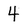
Character: 4